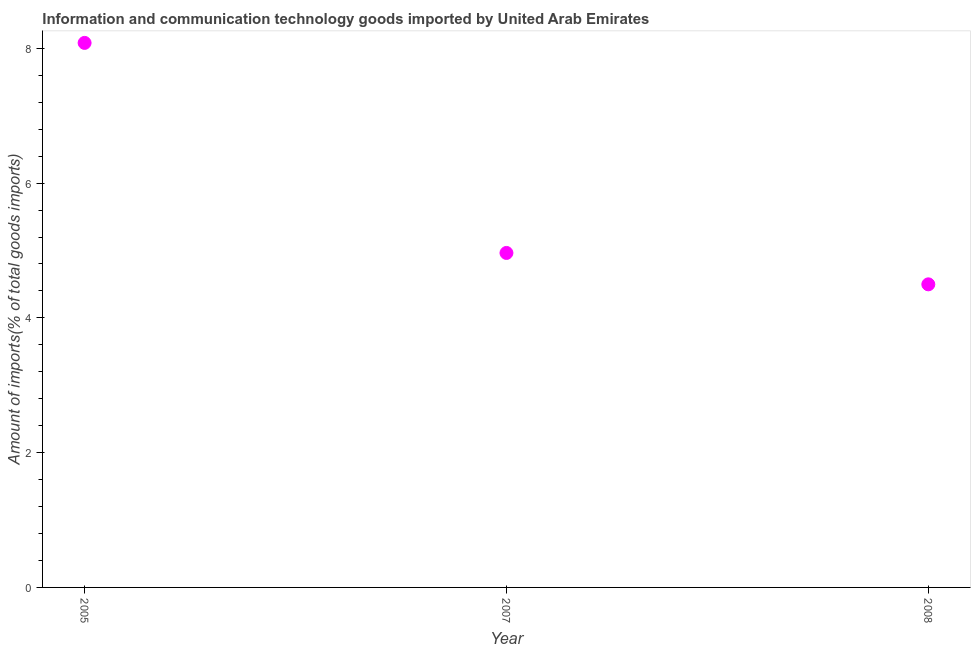
| Year | ICT goods imports |
 | --- | --- |
 | 2005 | 8.08 |
 | 2007 | 4.96 |
 | 2008 | 4.5 |